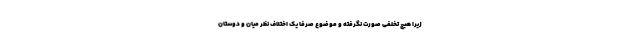
زیرا هیچ تخلفی صورت نگرفته و موضوع صرفا یک اختلاف نظر میان و دوستان